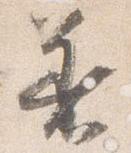
着